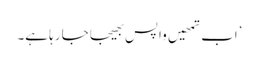
’اب تمھیں واپس بھیجا جا رہا ہے۔